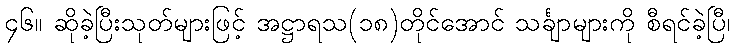
၄၆။ ဆိုခဲ့ပြီးသုတ်များဖြင့် အဋ္ဌာရသ(၁၈)တိုင်အောင် သင်္ချာများကို စီရင်ခဲ့ပြီ၊